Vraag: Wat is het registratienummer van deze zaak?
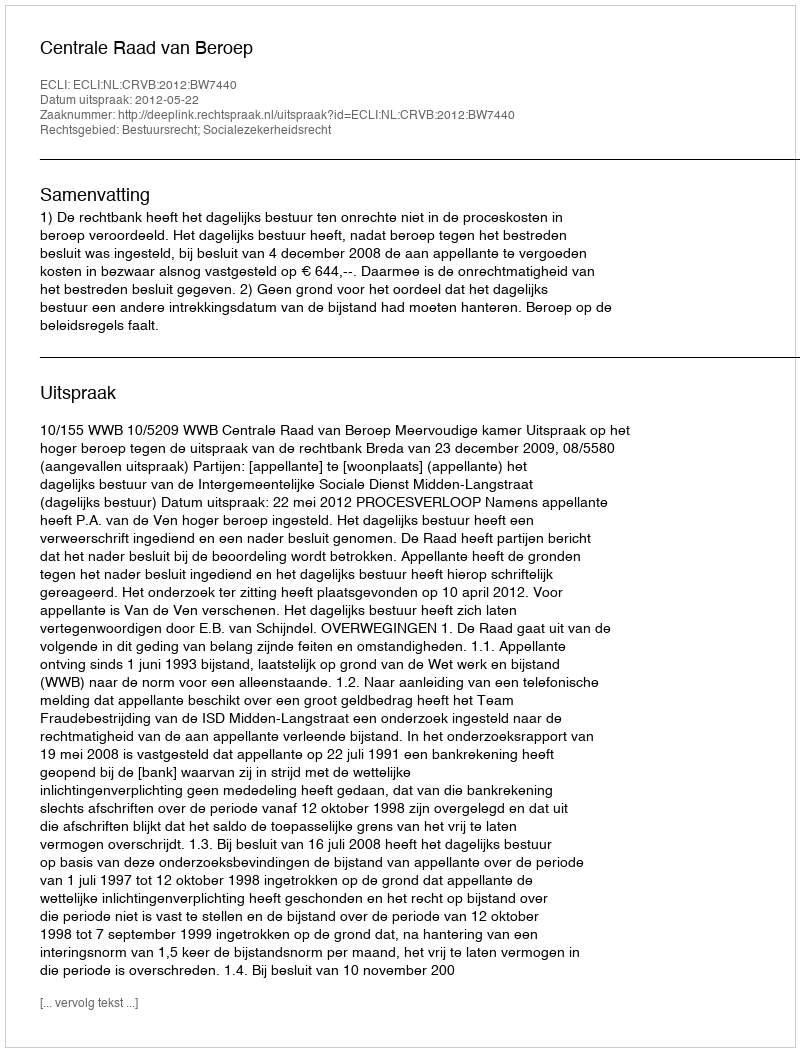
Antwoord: http://deeplink.rechtspraak.nl/uitspraak?id=ECLI:NL:CRVB:2012:BW7440